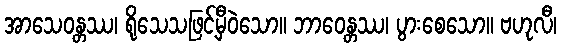
အာသေဝန္တဿ၊ ရိုသေသဖြင့်မှီဝဲသော။ ဘာဝေန္တဿ၊ ပွားစေသော။ ဗဟုလီ၊